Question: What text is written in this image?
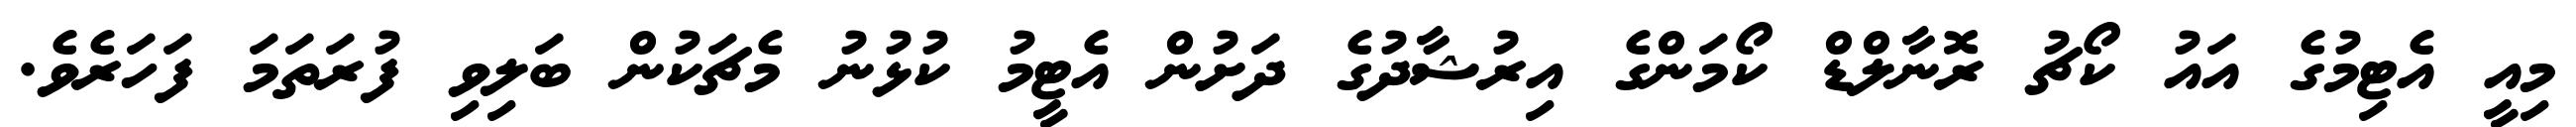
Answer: މިއީ އެޓިމުގެ އައު ކޯޗު ރޮނާލްޑް ކޯމަންގެ އިރުޝާދުގެ ދަށުން އެޓީމު ކުޅުނު މެޗަކުން ބަލިވި ފުރަތަމަ ފަހަރެވެ.